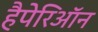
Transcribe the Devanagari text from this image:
हैपेरिऑन